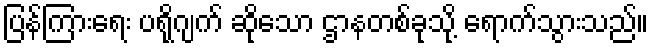
ပြန်ကြားရေး ပရိုဂျက် ဆိုသော ဌာနတစ်ခုသို့ ရောက်သွားသည်။